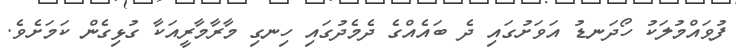
ފުވައްމުލަކު ހޯދަނޑު އަވަށުގައި ދެ ބައެއްގެ ދެމެދުގައި ހިނގި މާރާމާރީއަކާ ގުޅިގެން ކަމަށެވެ.